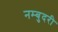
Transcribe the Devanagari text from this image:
नम्बुदरी